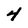
Character: 4